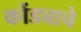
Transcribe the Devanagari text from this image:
कोंड्याचे